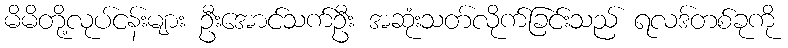
မိမိတို့လုပ်ငန်းများ ဦးအောင်သက်ဦး အဆုံးသတ်လိုက်ခြင်းသည် ရလဒ်တစ်ခုကို